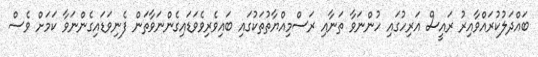
ބައްދަލުކުރައްވާއިރު ރައީސް އަރިހުގައި ހުންނަވާ ތަނާއި ރަސްމިއްޔާތުތަކުގައި ބައިވެރިވެވަޑައިގެންނަވާތަން ފެނިވަޑައިގެންނަވާ ކަމަށް ވެސް